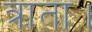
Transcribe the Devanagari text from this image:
त्राता।